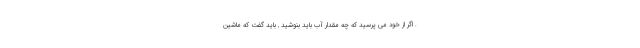
. اگر از خود می پرسید که چه مقدار آب باید بنوشید , باید گفت که ماشین